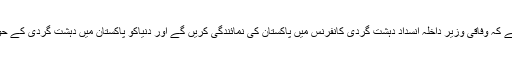
منگل کو وزارت داخلہ کی طرف سے جاری بیان میں کہا گیا ہے کہ وفاقی وزیر داخلہ انسداد دہشت گردی کانفرنس میں پاکستان کی نمائندگی کریں گے اور دنیاکو پاکستان میں دہشت گردی کے حوالے سے کئے گئے اقدامات اور کامیابیوں سے آگاہ کریں گے۔